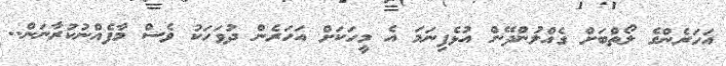
އަހަރެންގެ ލޯތްބަށް ގެއްލުންދޭން އުޅެފިނަމަ އެ މީހަކަށް އަހަރެން ދުވަހަކު ވެސް މާފެއްނުކުރާނަން..